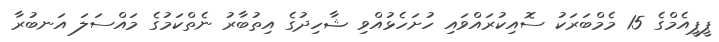
ޕީޕީއެމްގެ 15 މެމްބަރަކު ސޮއިކުރައްވައި ހުށަހެޅުއްވި ޝާހިދުގެ އިތުބާރު ނެތްކަމުގެ މައްސަލަ އަނބުރާ